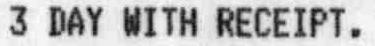
3 DAY WITH RECEIPT.